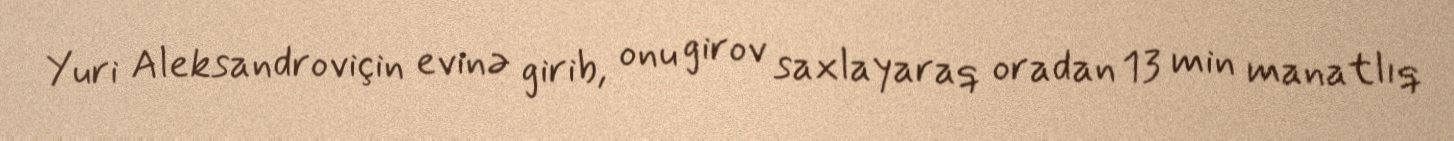
Yuri Aleksandroviçin evinə girib, onu girov saxlayaraq oradan 13 min manatlıq